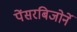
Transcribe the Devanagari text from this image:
पेंसरबिजोर्ने